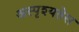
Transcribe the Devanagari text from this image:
अस्पृश्यतेस